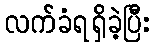
လက်ခံရရှိခဲ့ပြီး